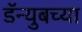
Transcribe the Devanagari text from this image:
डॅन्युबच्या